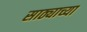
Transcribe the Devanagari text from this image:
साठ्याच्या